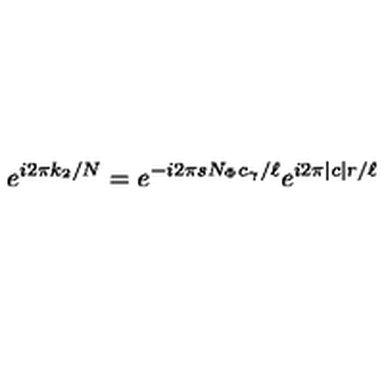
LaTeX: e ^ { i 2 \pi k _ { 2 } / N } = e ^ { - i 2 \pi s N _ { \Phi } c _ { \gamma } / \ell } e ^ { i 2 \pi \mid c \mid r / \ell }